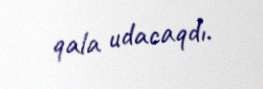
qala udacaqdı.